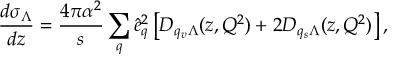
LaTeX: \frac { d \sigma _ { \Lambda } } { d z } = \frac { 4 \pi \alpha ^ { 2 } } { s } \sum _ { q } \hat { e } _ { q } ^ { 2 } \left[ D _ { q _ { v } \Lambda } ( z , Q ^ { 2 } ) + 2 D _ { q _ { s } \Lambda } ( z , Q ^ { 2 } ) \right] ,